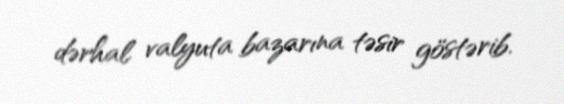
dərhal valyuta bazarına təsir göstərib.